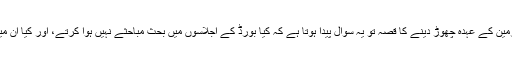
رہا پنجاب ہیلتھ کیئر بورڈ کی رکنیت اور اس کے چیرمین کے عہدہ چھوڑ دینے کا قصہ تو یہ سوال پیدا ہوتا ہے کہ کیا بورڈ کے اجلاسوں میں بحث مباحثے نہیں ہوا کرتے، اور کیا ان میں اکثر اوقات سخت جملوں کا تبادلہ نہیں ہو جایا کرتا؟